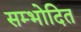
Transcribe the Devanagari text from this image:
सम्भोदित